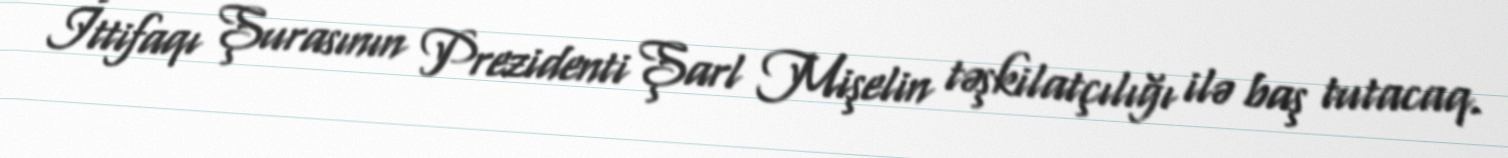
İttifaqı Şurasının Prezidenti Şarl Mişelin təşkilatçılığı ilə baş tutacaq.